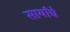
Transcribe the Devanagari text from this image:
सार्यांचे